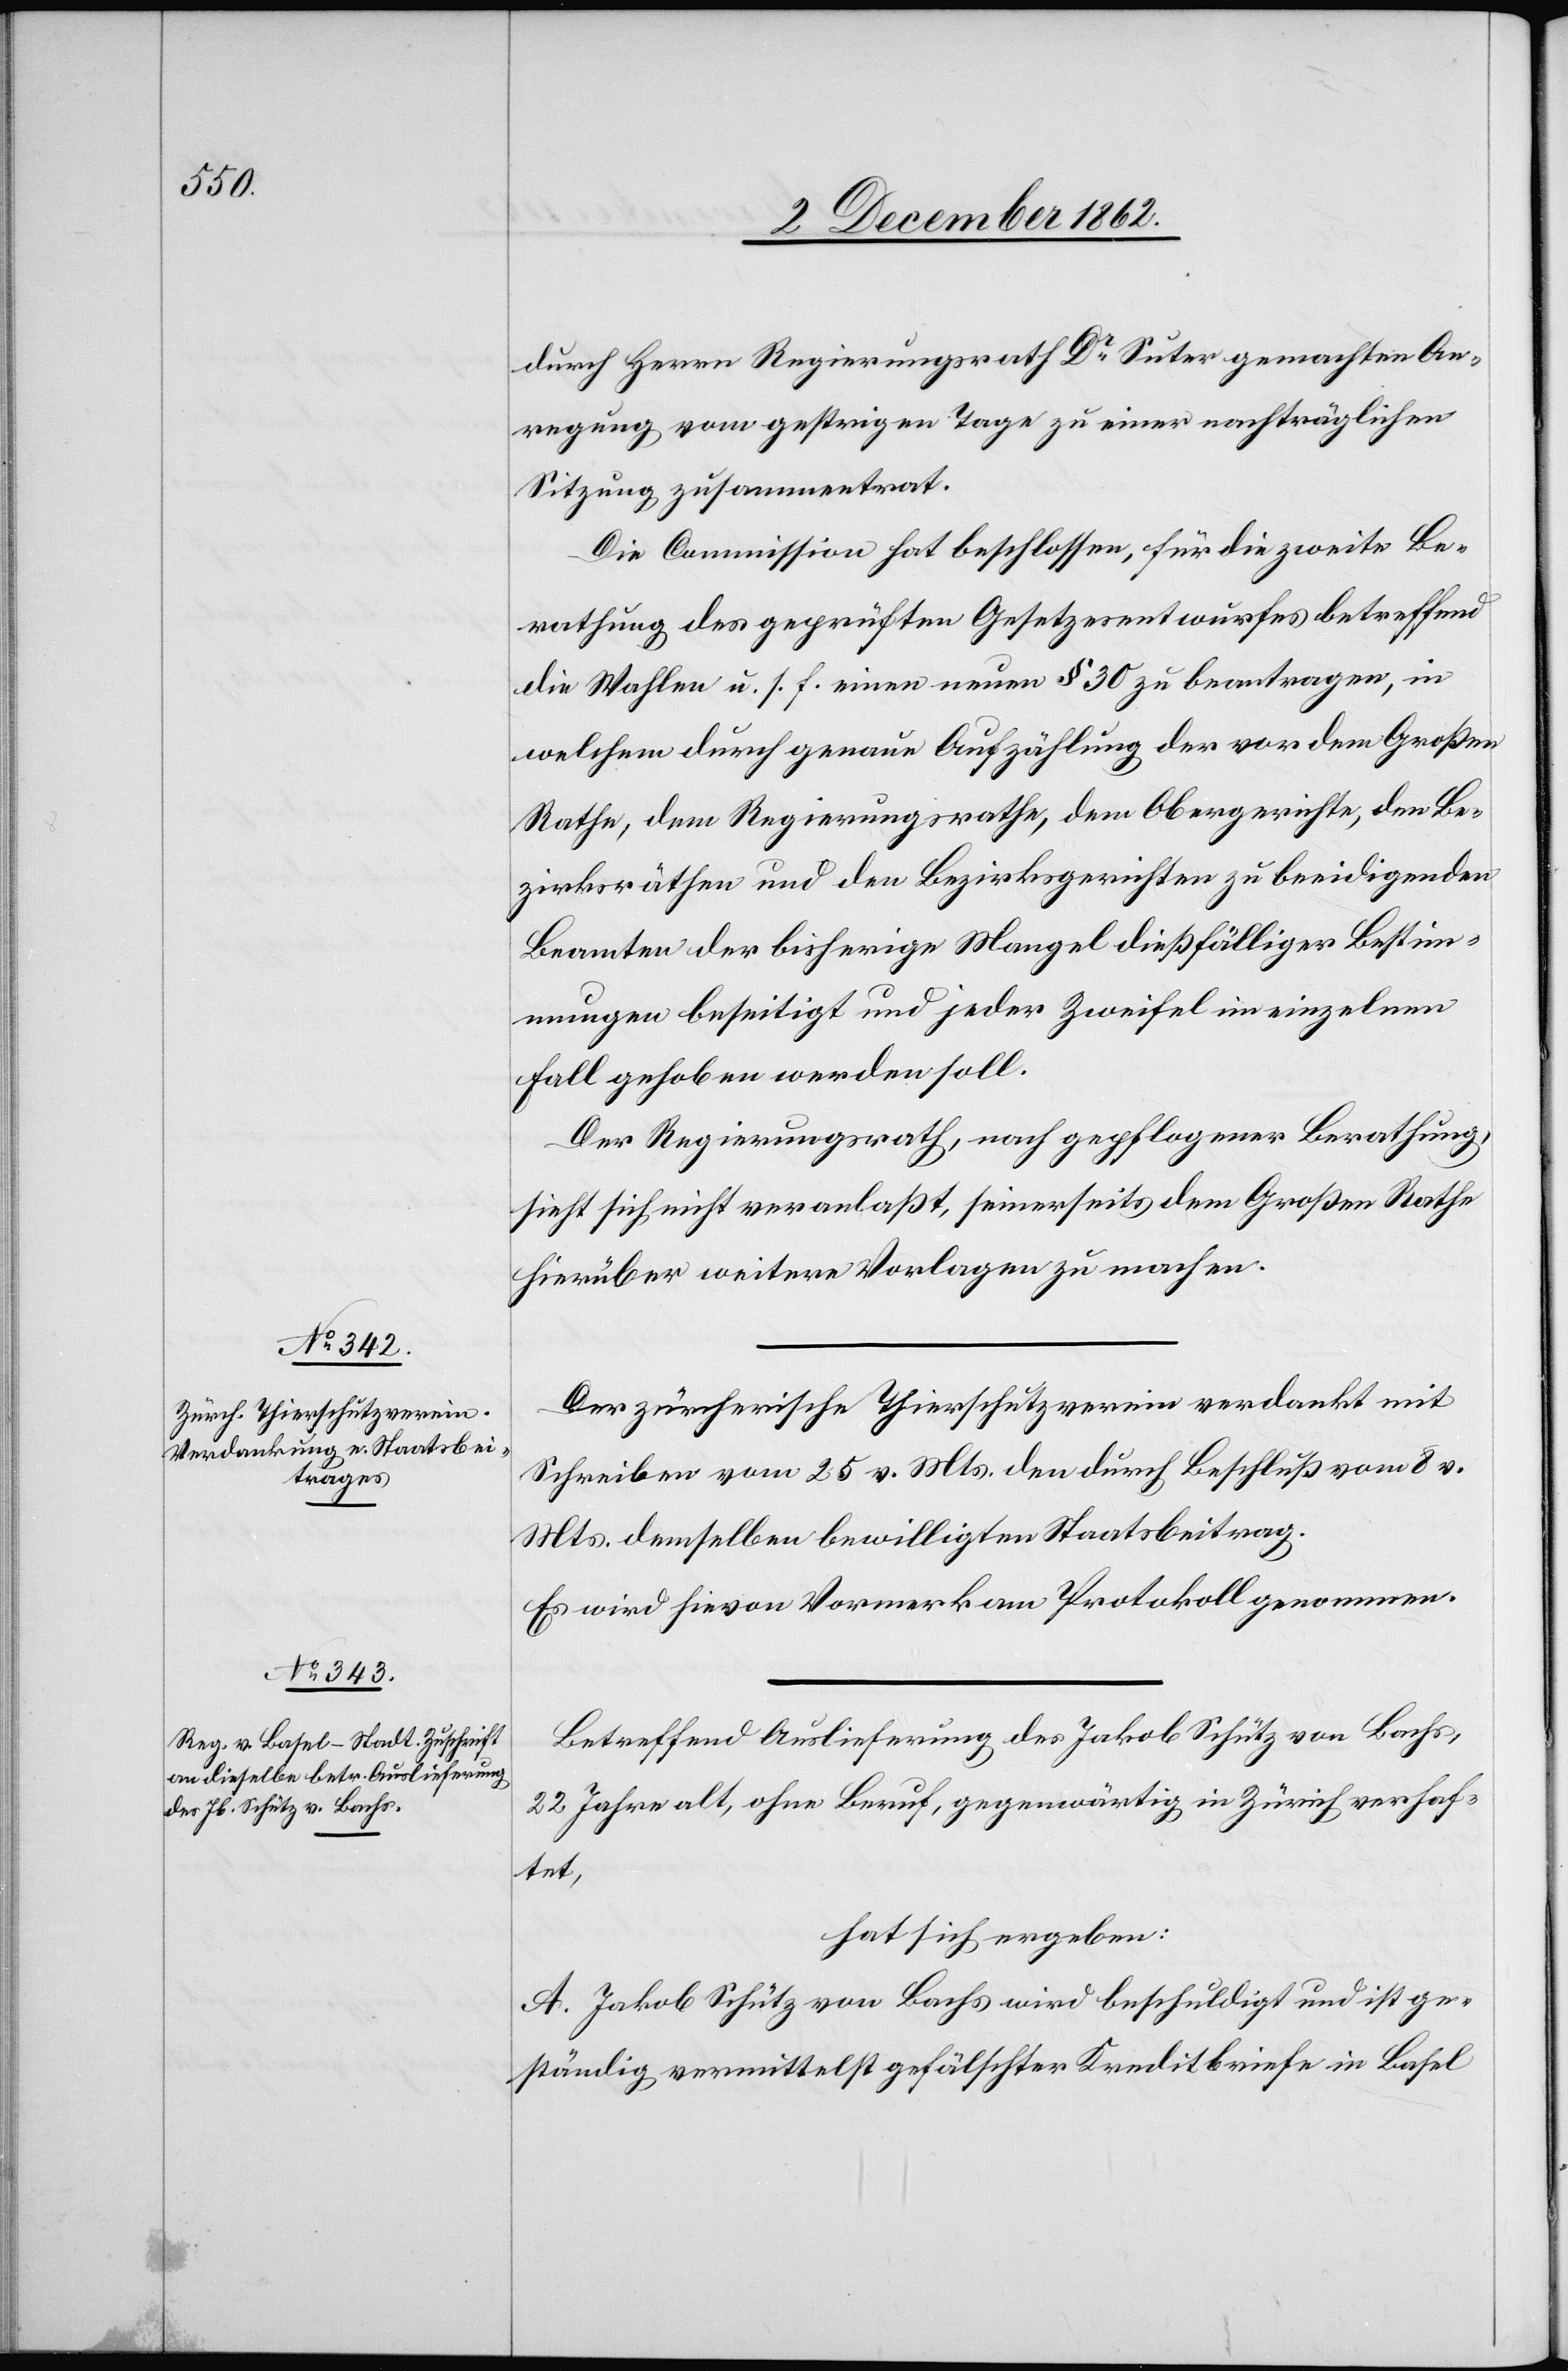
durch Herrn Regierungsrath Dr Suter gemachten An¬
regung vom gestrigen Tage zu einer nachträglichen
Sitzung zusammentrat.
Die Commission hat beschlossen, für die zweite Be¬
rathung des geprüften Gesetzesentwurfes betreffend
die Wahlen u. s. f. einen neuen § 30 zu beantragen, in
welchem durch genaue Aufzählung der vor dem Großen
Rathe, dem Regierungsrathe, dem Obergerichte, den Be¬
zirksräthen und den Bezirksgerichten zu beeidigenden
Beamten der bisherige Mangel dießfälliger Bestim¬
mungen beseitigt und jeder Zweifel im einzelnen
Fall gehoben werden soll.
Der Regierungsrath, nach gepflogener Berathung
sieht sich nicht veranlaßt, seinerseits dem Großen Rathe
hierüber weitere Vorlagen zu machen.
Der zürcherische Thierschutzverein verdankt mit
Schreiben vom 25. v. Mts. den durch Beschluß vom 8. v.
Mts. demselben bewilligten Staatsbeitrag.
Es wird hievon Vormerk am Protokoll genommen.
Betreffend Auslieferung des Jakob Schütz von Bachs,
22 Jahre alt, ohne Beruf, gegenwärtig in Zürich verhaf¬
tet,
hat sich ergeben:
A. Jakob Schütz von Bachs wird beschuldigt und ist ge¬
ständig vermittelst gefälschter Kreditbriefe in Basel